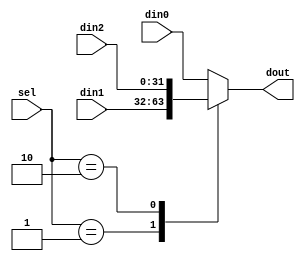
module mux_3to1(
	din0,
	din1,
	din2,
	sel,
	dout
);

parameter N = 32;

input 	[N-1:0]		din0;
input 	[N-1:0]		din1;
input 	[N-1:0]		din2;
input	[1:0]		sel;
output	[N-1:0]		dout;

reg		[N-1:0]		reg_dout;

always @(*)
	begin
		case(sel)
			2'd0:	reg_dout <= din0;
			2'd1:	reg_dout <= din1;
			2'd2: 	reg_dout <= din2;
			default: reg_dout <= din0;
		endcase
	end


assign dout = reg_dout;

endmodule